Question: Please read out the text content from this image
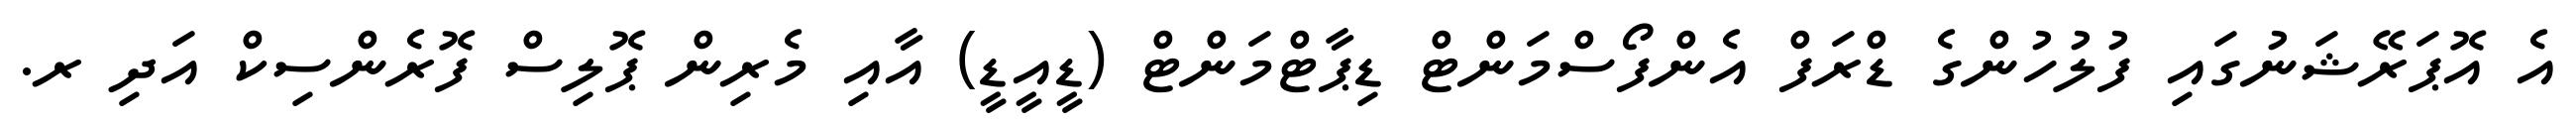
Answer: އެ އޮޕަރޭޝަނުގައި ފުލުހުންގެ ޑްރަފް އެންފޯސްމަންޓް ޑިޕާޓްމަންޓް (ޑީއީޑީ) އާއި މެރިން ޕޮލިސް ފޮރެންސިކް އަދި ރ.